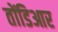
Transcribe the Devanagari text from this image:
तोंडिआर